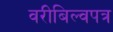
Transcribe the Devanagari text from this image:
वरीबिल्वपत्र